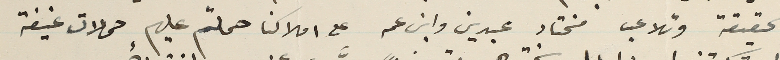
الحقيقة وتلاعب مختار عبدين وابن عمه على املاكنا حملتم عليهم حملات عنيفة